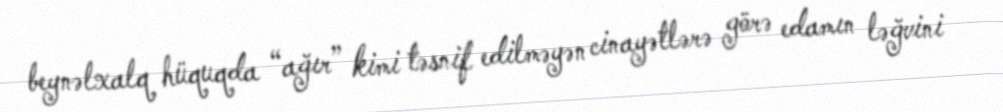
beynəlxalq hüquqda “ağır” kimi təsnif edilməyən cinayətlərə görə edamın ləğvini